Annual report of the Madras Medical College
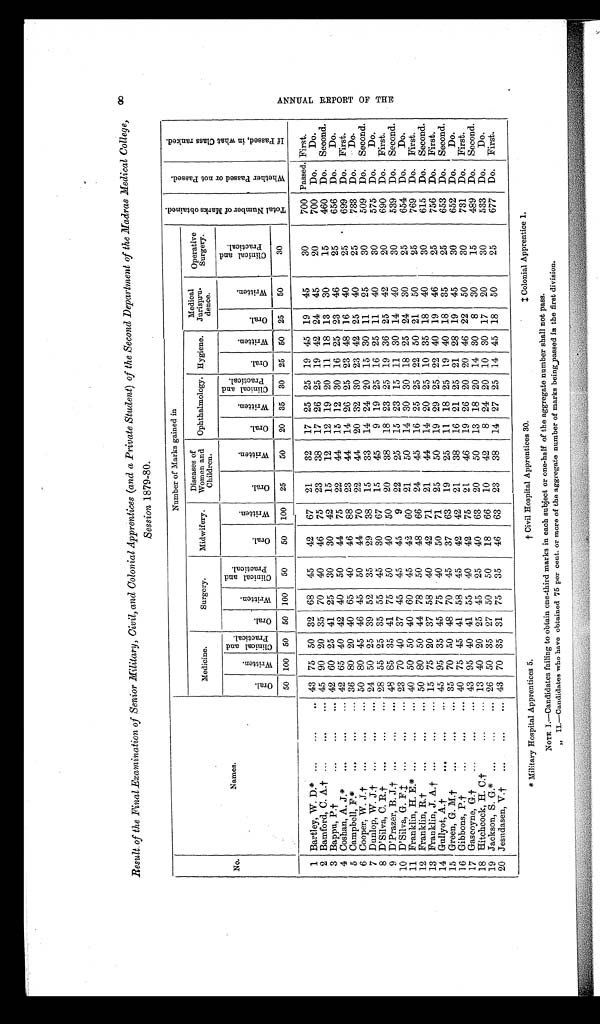
A N N U A L R E P O R T O F T H E
Result of the Final Examination of Senior Military, Civil, and Colonial Apprentices (and a Private Student) of the Second Department of the Madras Medical College,
Session 1879-80.
Number of Marks gained in
T o t a l N u m b e r o f M a r k s o b t a i n e d .
W h e t h e r P a s s e d o r n o t P a s s e d .
I f P a s s e d , i n w h a t C l a s s r a n k e d .
Medicine.
Surgery.
Midwifery.
Diseases of
Women and
Children.
Ophthalmology. Hygiene.
Medical
Jurispru-
dence.
Operative
Surgery.
No.
Names
Oral.
Written. Cl i n i c a l a n d P r a c t i c a l .
O r a l .
W r i t t e n .
C l i n i c a l a n d P r a c t i c a l .
Or al .
Wr i t t en.
O v a l .
Wr i t t en.
Oral.
Wr i t t en.
C l i n i c a l a n d P r a c t i c a l .
Oral.
Wr i t t en.
Oral.
Wr i t t en.
C l i n i c a l a n d P r a c t i c a l .
50 100 50 50 100
50
50
100
25
50
20 35 30 25 50 25
50
30
1 Bartley, W. D.* . . .
. . .
..
.
43 75 50 32 68
45
42
67
21
32
17 25 25 19 45 19
45
30
700 Passed. First.
2 Bamford, C. A.† ...
...
... 45 90 20 35 70
40
46
75
23
38
17 26 25 19 42 24
45
20
700 Do.
Do.
3 Bappu, P.†
...
...
... 42 60 25 41 25
30
30
42
15
12
12 19 20 11 18 13
30
15
460 Do. Second.
4 Coshan, A. J.*
...
...
... 42 65 40 42 40
50
44
75
22
44
15 12 30 16 25 23
46
25
656 Do.
Do.
5 Campbell, F.*
...
...
... 36 80 20 40 65
40
46
88
23
44
14 26 25 23 48 16
40
25
699 Do. First.
6 Cooper, W. J.†
...
...
... 50 80 45 46 45
50
44
70
22
44
20 32 30 23 42 25
40
25
733 Do.
Do.
7 Dunlop, W. J.†
24 50 25 39 52
35
29
38
15
33
14 24 20 15 30 11
25
30
509 Do. Second.
8 D'Silva, C. R.†
...
...
... 28 55 25 35 55
45
30
67
15
45
9 19 25 16 25 11
40
30
575 Do.
Do.
9 D'Prazer, B. J.† ...
...
... 48 85 35 41 75
50
40
50
20
38
18 23 25 19 36 25
42
20
690 Do. First.
10 D'Silva, G. F.†
...
...
... 23 70 40 37 45
45
45
9
22
25
15 23 15 11 30 14
40
30
539 Do. Second.
11 Franklin, H. E.*
40 50 50 40 60
45
42
60
21
50
14 30 30 18 25 24
30
25
654 Do.
Do.
12 Franklin, R.†
...
...
... 50 80 50 44 78
50
48
66
24
45
16 25 25 22 50 21
50
25
769
Do. First.
13 Franklin, J. A.† ...
...
... 15 75 20 37 58
40
42
71
21
44
14 20 25 10 35 18
40
30
615 Do. Second.
14 Gullyot, A.†
...
...
... 45 95 35 45 75
40
50
71
25
50
19 29 25 22 40 19
46
25
756 Do. First.
15 Green, G. M.†
... 35 70 50 48 70
45
37
63
19
25
11 18 25 19 40 18
35
25
653 Do. Second.
16 Gibbons, P.†
40 75 45 41 58
45
42
42
21
38
16 21 25 21 28 19
45
30
652 Do.
Do.
17 Gascoyne, G.†
43 95 40 41 55
40
42
75
21
46
19 26 20 20 46 22
50
30
731
Do. First.
18 Hitchcock, H. C.†
...
... 13 40 20 25 45
25
40
63
20
50
13 18 20 14 30
8
30
15
489 Do. Second.
19 Jackson, S. G.* ...
... 26 50 35 27 50
50
18
66
10
42
8 24 20 10 30 17
20
30
533 Do.
Do.
20 Jesudasen, V.†
...
...
... 43 70 35 31 75
35
46
63
23
38
14 27 25 14 45 18
50
25
677 Do. First.
*Military Hospital Apprentices 5. † Civil Hospital Apprentices 30. ‡Colonial Apprentice 1.
NOTE I.—Candidates failing to obtain one-third marks in each subject or one-half of the aggregate number shall not pass.
„ II.—Candidates who have obtained 75 per cent. or more of the aggregate number of marks being passed in the first division.